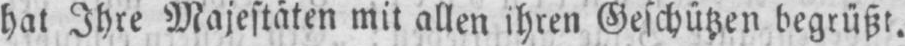
hat Ihre Majestäten mit allen ihren Geschützen begrüßt.